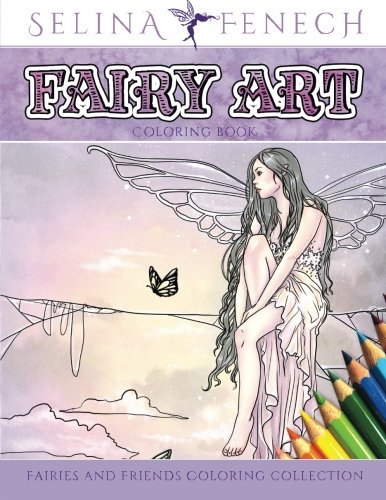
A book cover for Fairy Art Coloring Book (Fantasy Art Coloring by Selina) (Volume 1); Selina Fenech; Crafts, Hobbies & Home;